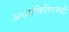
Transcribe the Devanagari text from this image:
अर्ध्यावितिएवढी